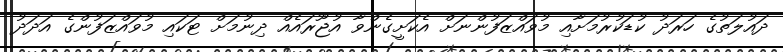
ދައުލަތުގެ ހަރަދު ކުޑަކުރުމަށާއި މުވައްޒަފުންނަށް އެކަށީގެންވާ އުޖޫރައެއް ދިނުމަށް ޓަކައި މުވައްޒަފުންގެ އަދަދު